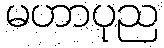
မဟာပုည